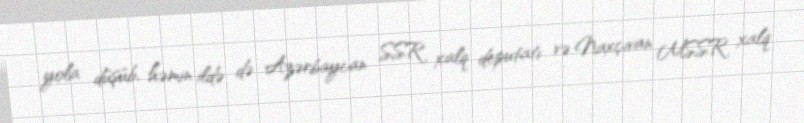
yola düşüb, həmin ildə də Azərbaycan SSR xalq deputatı və Naxçıvan MSSR xalq